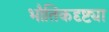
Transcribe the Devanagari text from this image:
भौतिकदृष्ट्या